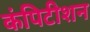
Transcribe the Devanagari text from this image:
कंपिटीशन